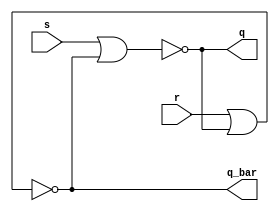
module sr_latch(output q, q_bar, input s, r);
 
nor n0(q,s,q_bar);
nor n1(q_bar,r,q);

endmodule